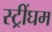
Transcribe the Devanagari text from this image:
स्ट्रींघम